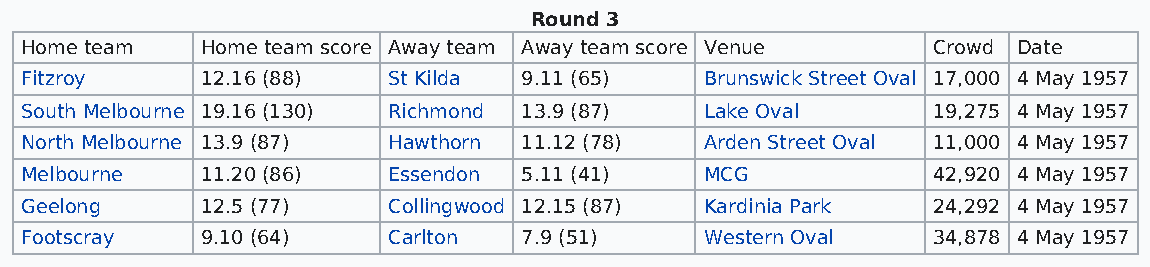
Round 3
 Home team   Home team score Away team Away team score Venue  Crowd Date
 Fitzroy     12.16 (88)   St Kilda 9.11 (65)   Brunswick Street Oval 17,000 4 May 1957
 South Melbourne 19.16 (130) Richmond 13.9 (87) Lake Oval     19,275 4 May 1957
 North Melbourne 13.9 (87) Hawthorn 11.12 (78) Arden Street Oval 11,000 4 May 1957
 Melbourne   11.20 (86)   Essendon 5.11 (41)   MCG            42,920 4 May 1957
 Geelong     12.5 (77)    Collingwood 12.15 (87) Kardinia Park 24,292 4 May 1957
 Footscray   9.10 (64)    Carlton  7.9 (51)    Western Oval   34,878 4 May 1957